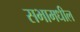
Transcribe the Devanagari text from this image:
सभामधील